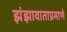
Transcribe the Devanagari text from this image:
झंझावाताप्रमाणे